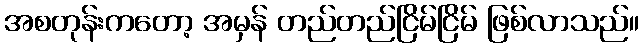
အစတုန်းကတော့ အမှန် တည်တည်ငြိမ်ငြိမ် ဖြစ်လာသည်။